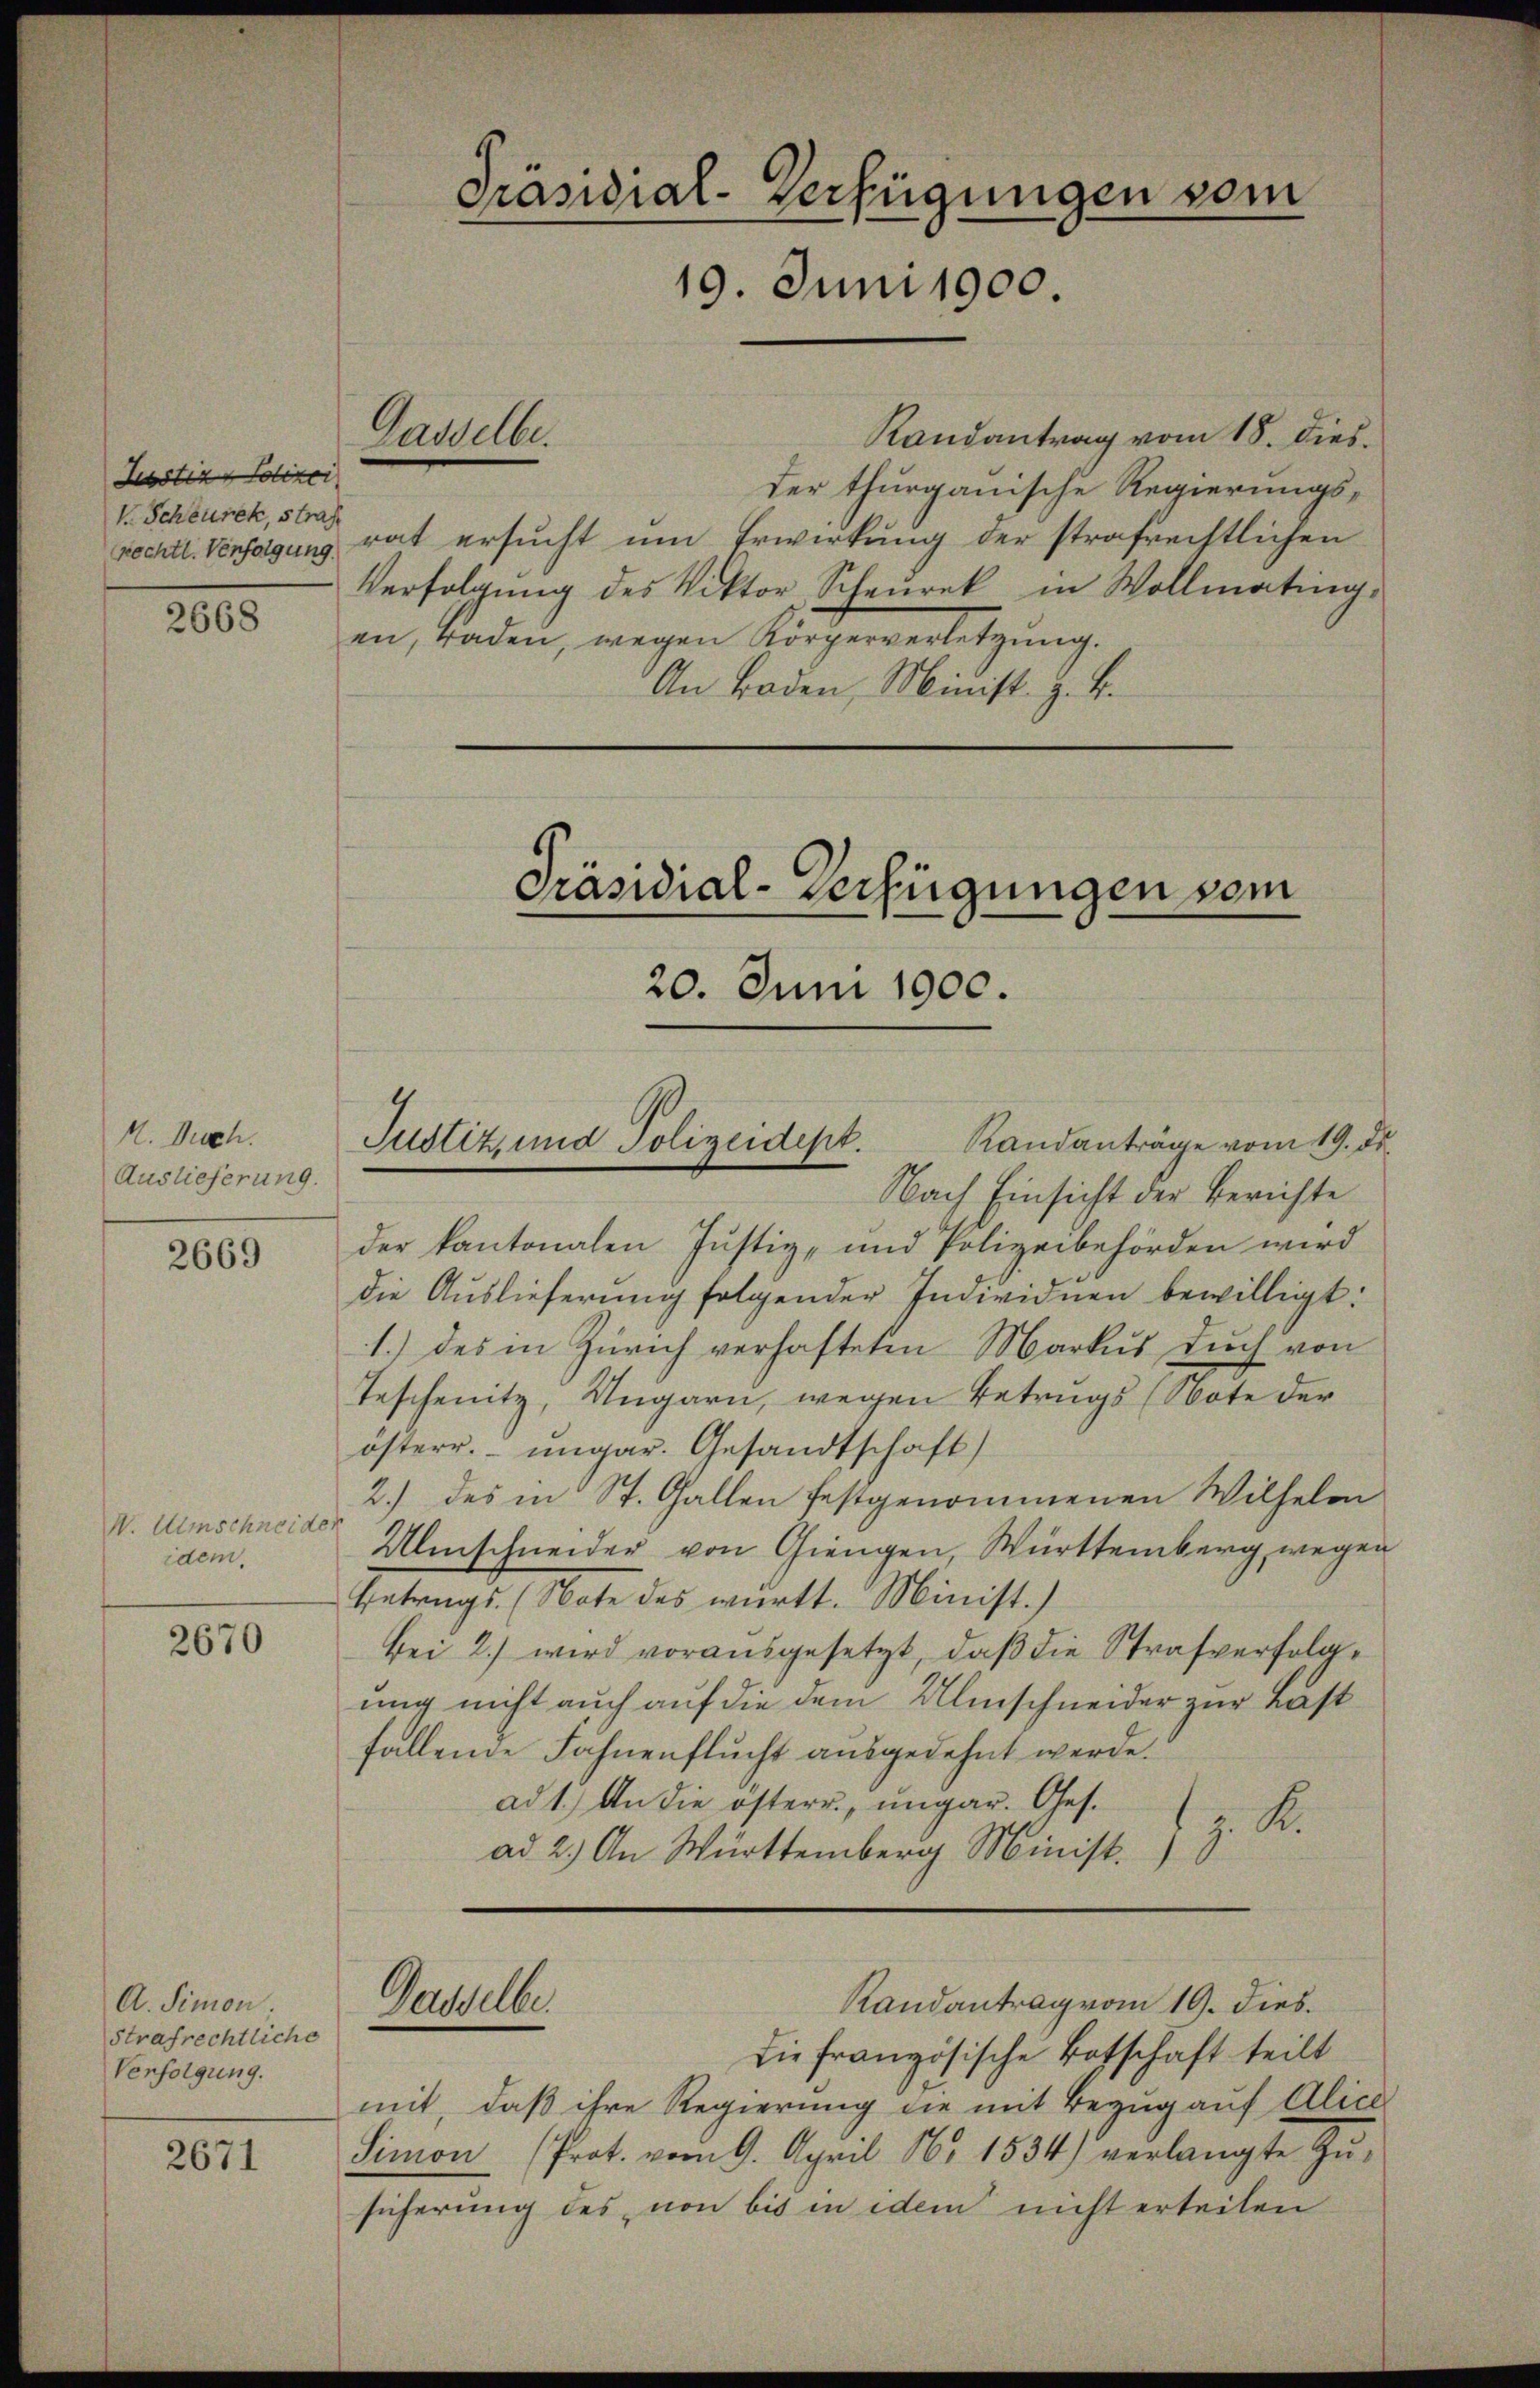
Justiz, Polizei
V. Scheurek, Straf
Rechtl. Verfolgung.

2668.

H. Duch.
Auslieferung.

2669

V. Umschneider
idem,

2670

A. Simon.
Strafrechtliche
Verfolgung.

2671

Gasselbe.

Randantrag vom 18. dies
der thurgauische Regierungs-
rat ersucht um Erwirkung der strafrechtlichen
Verfolgung des Viktor, Scheurek in Wollmating
en, Taden, wegen Körperverletzŭng.
An Boden, Minist. z. B.

Präsidial-Verfügungen vom
20. Juni 1900.
Randanträge vom 19. ds.
Justiz und Polizeidept.

Nach Einsicht der Berichte
der kantonalen Justiz- und Polizeibehörden wird
die Auslieferung folgender Individuen bewilligt:
1.) des in Zürich verhafteten Markus auch von
Teschenitz, Ungarn, wegen Betrugs (Note der
österr. ungar. Gesandtschaft)
2.) des in St. Gallen festgenommenen Wilhelm
Ulmschneider von Giengen, Württemberg wegen
Betrags. (Note des württ. Minist.)
bei 2.) wird vorausgesetzt, daß die Strafverfolgung nicht auch auf die dem Ulmschneider zur Last
fallende Fahnenflucht ausgedehnt werde.
ad 1.) An die österr, ungar. Ges.
ad 2.) An Württemberg Minist. Z. K.

Gasselber

Präsidial-Verfügungen vom
19. Juni 1900.

Die französische Botschaft teilt
mit, daß ihre Regierung die mit Bezug auf Alice
Simon (Prot. vom 9. April 16 1534) verlangte Zŭ-
sicherung des von bis in idem nicht erteilen

Randantrag vom 19. dies.